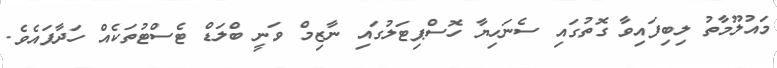
މައުލޫމާތު ލިބިފައިވާ ގޮތުގައި ސެނަހިޔާ ހޮސްޕިޓަލުގައި ނާޒިމް ވަނީ ބްލަޑް ޓެސްޓުތަކެއް ހަދާފައެވެ.